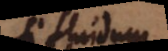
Si fluidum